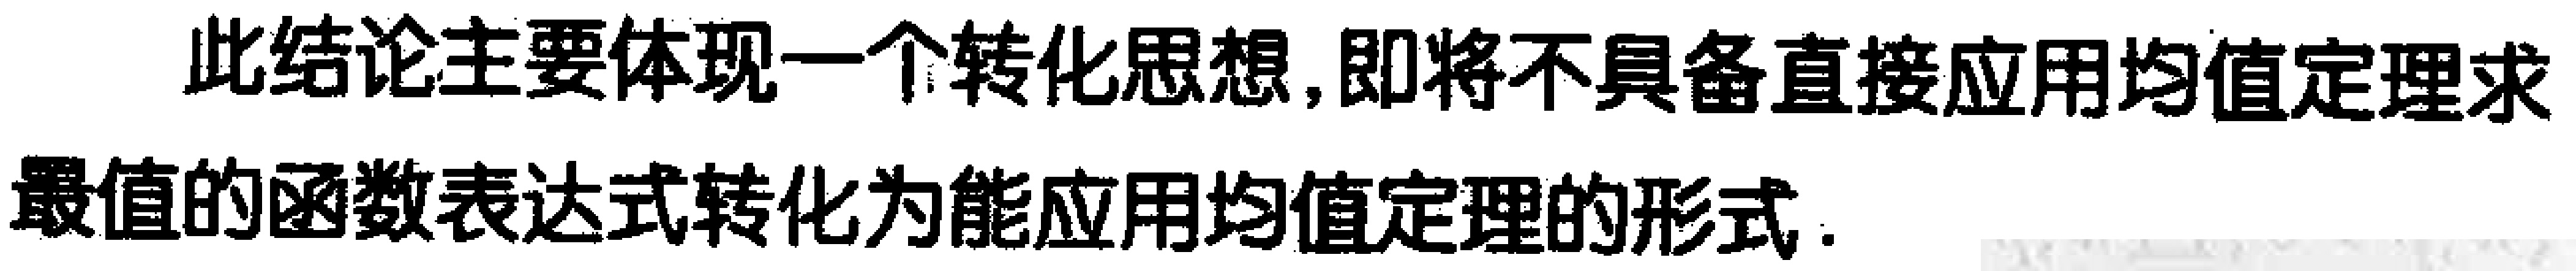
此结论主要体现一个转化思想,即将不具备直接应用均值定理求最值的函数表达式转化为能应用均值定理的形式.